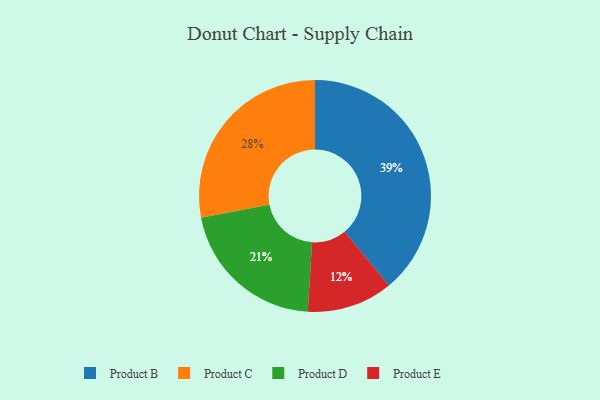
{"axis": {"x": "Category", "y": "Percentage"}, "legend": ["Product B", "Product C", "Product D", "Product E"], "data": [{"x": "Product B", "y": 39, "type": "Product B"}, {"x": "Product C", "y": 28, "type": "Product C"}, {"x": "Product E", "y": 12, "type": "Product E"}, {"x": "Product D", "y": 21, "type": "Product D"}]}